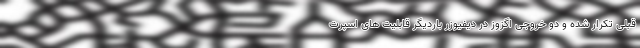
قبلی تکرار شده و دو خروجی اگزوز در دیفیوزر باردیگر قابلیت های اسپرت